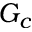
G _ { c }